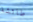
طائشة